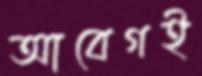
আবেগই